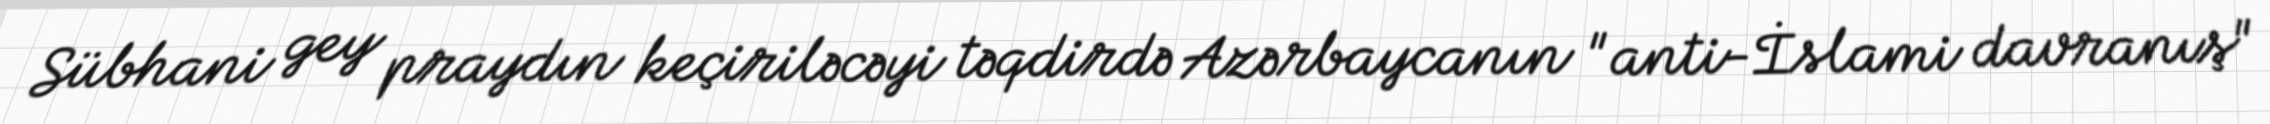
Sübhani gey praydın keçiriləcəyi təqdirdə Azərbaycanın "anti-İslami davranış"